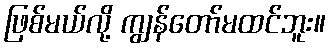
ဖြစ်မယ်လို့ ကျွန်တော်မထင်ဘူး။